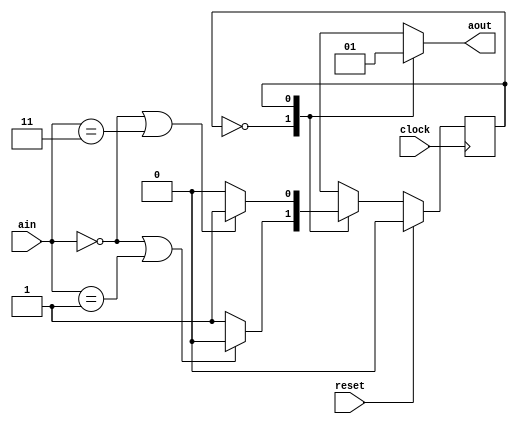
`timescale 1ns / 1ps
//////////////////////////////////////////////////////////////////////////////////
// Company: 
// Engineer: 
// 
// Design Name: 
// Module Name: moore
// Project Name: 
// Target Devices: 
// Tool Versions: 
// Description: 
// 
// Dependencies: 
// 
// Revision:
// Revision 0.01 - File Created
// Additional Comments:
// 
//////////////////////////////////////////////////////////////////////////////////


module moore(
    input [1:0] ain,
    input clock,
    input reset,
    output reg aout
    );
    reg state;
    
    always @(posedge clock)
    begin
    
    if (reset == 1'b1)
    state <= 1'b0;
    
    else
    
    case (state)
    1'b0: state <= (ain == 2'b00 | ain == 2'b01) ? 1'b0 : 1'b1;
    1'b1: state <= (ain == 2'b00 | ain == 2'b11) ? 1'b1 : 1'b0;
    default: state <= 1'b0;
    endcase
    end
    
   always @(*)
   case (state)
   1'b0: aout <= 1'b0;
   1'b1: aout <= 1'b1;
   endcase

    
endmodule